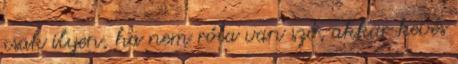
csak ilyen, ha nem róla van szó, akkor kevés